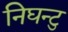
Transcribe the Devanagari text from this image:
निघन्टु